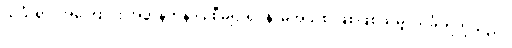
သင်္ခါရာ၊ အကြောင်း အတန်တန် ပြုစီမံ၍ ရုပ်နာမ်အသစ် ဖြစ်ဖြစ်သမျှ သင်္ခါရတို့သည်။